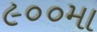
૯૦૦મા